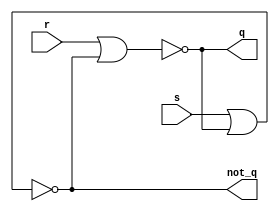
module sr_latch(input wire s, r, output wire q, not_q);
	assign q = ~(r | not_q);
    assign not_q = ~(s | q);
endmodule